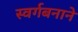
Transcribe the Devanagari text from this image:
स्वर्गबनाने